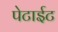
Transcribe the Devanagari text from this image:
पेटाईट